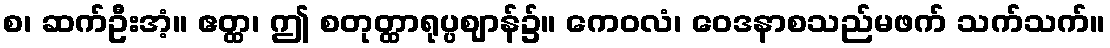
စ၊ ဆက်ဦးအံ့။ ဧတ္ထ၊ ဤ စတုတ္ထာရုပ္ပဈာန်၌။ ကေဝလံ၊ ဝေဒနာစသည်မဖက် သက်သက်။